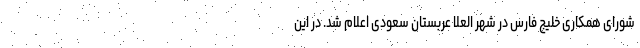
شورای همکاری خلیج فارس در شهر العلا عربستان سعودی اعلام شد. در این